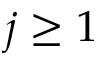
j \geq 1